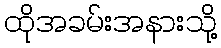
ထိုအခမ်းအနားသို့